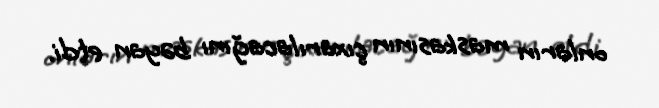
onların maskasının çıxarılacağını bəyan etdi.